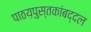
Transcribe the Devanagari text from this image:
पाठय़पुस्तकांबद्दल